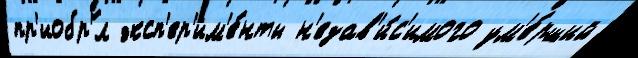
пр'иобр'́л эксп'ер'им'е́нты н'езав'и́с'имого ум'е́рший